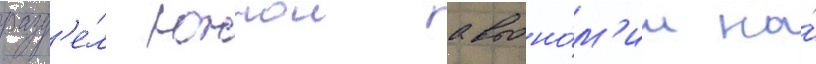
разд'е́л южнои автоно́м'ии на́